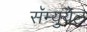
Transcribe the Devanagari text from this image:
सॅम्युयेल